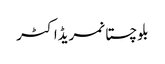
بلوچستانمریڈاکٹر